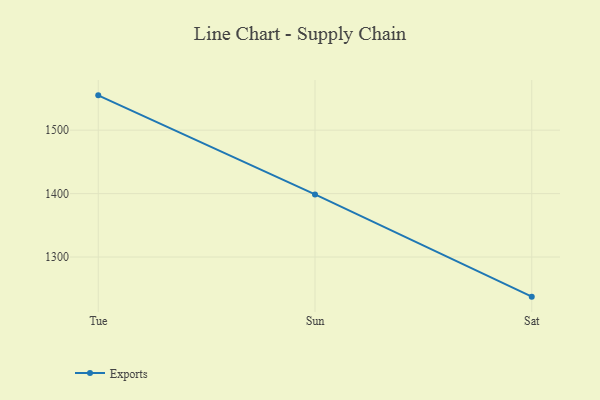
{"axis": {"x": "Day", "y": "Revenue (USD Million)"}, "legend": ["Exports"], "data": [{"x": "Tue", "y": 1554.9, "type": "Exports"}, {"x": "Sun", "y": 1398.7, "type": "Exports"}, {"x": "Sat", "y": 1237.6, "type": "Exports"}]}